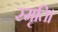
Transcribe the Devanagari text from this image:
स्मृति।